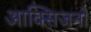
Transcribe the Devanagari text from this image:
आक्सिजनों